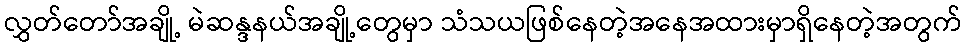
လွှတ်တော်အချို့ မဲဆန္ဒနယ်အချို့တွေမှာ သံသယဖြစ်နေတဲ့အနေအထားမှာရှိနေတဲ့အတွက်